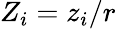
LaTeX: Z_{i}=z_{i}/r